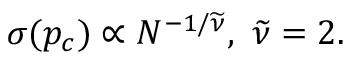
\begin{array} { r } { \sigma ( p _ { c } ) \propto N ^ { - 1 / \widetilde \nu } , ~ \widetilde \nu = 2 . } \end{array}